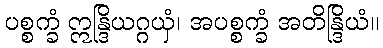
ပစ္စက္ခံ ဣန္ဒြိယဂ္ဂယှံ၊ အပစ္စက္ခံ အတိန္ဒြိယံ။